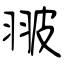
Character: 翍